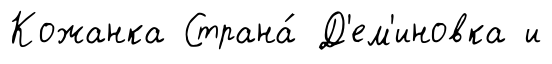
Кожанка Страна́ Д'ем'иновка и